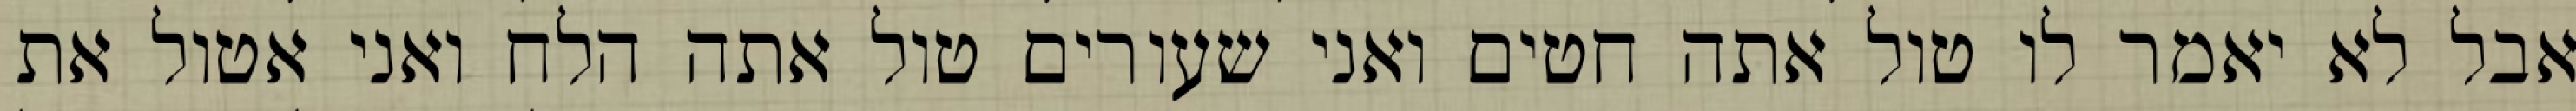
אבל לא יאמר לו טול אתה חטים ואני שעורים טול אתה הלח ואני אטול את